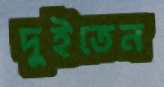
দুইতেন